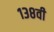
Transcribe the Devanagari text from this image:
१३८वी